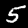
Digit: 5